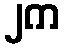
၂က